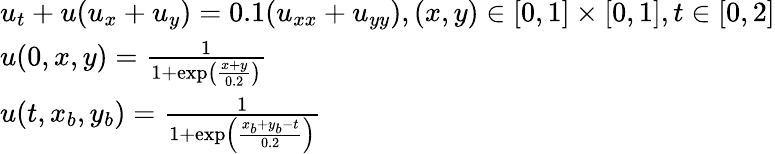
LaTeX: \begin{array}{l}{{u_{t}}+u({u_{x}}+{u_{y}})=0.1({u_{xx}}+{u_{yy}}),\mathrm{{}}(x,y)\in\left[{0,1}\right]\times\left[{0,1}\right],t\in\left[{0,2}\right]}\\ {u(0,x,y)=\frac{1}{{1+\exp\left({\frac{{x+y}}{{0.2}}}\right)}}}\\ {u(t,{x_{b}},{y_{b}})=\frac{1}{{1+\exp\left({\frac{{{x_{b}}+{y_{b}}-t}}{{0.2}}}\right)}}}\end{array}